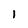
Character: l